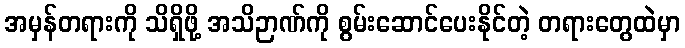
အမှန်တရားကို သိရှိဖို့ အသိဉာဏ်ကို စွမ်းဆောင်ပေးနိုင်တဲ့ တရားတွေထဲမှာ